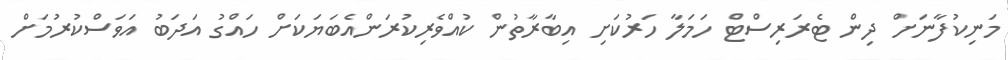
މަނިކުފާނަށް ދިން ޓެރަރިސްޓް ހަމަލާ ހަރުކަށި އިބާރާާތުން ކުއްވެރިކުރަންއެބަޔަކަށް ހައްގު އަދަބު އަވަސްކުރުމަށް